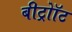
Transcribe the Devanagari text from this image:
बीट्रोॉट